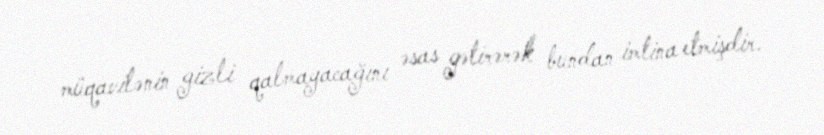
müqavilənin gizli qalmayacağını əsas gətirərək bundan imtina etmişdir.